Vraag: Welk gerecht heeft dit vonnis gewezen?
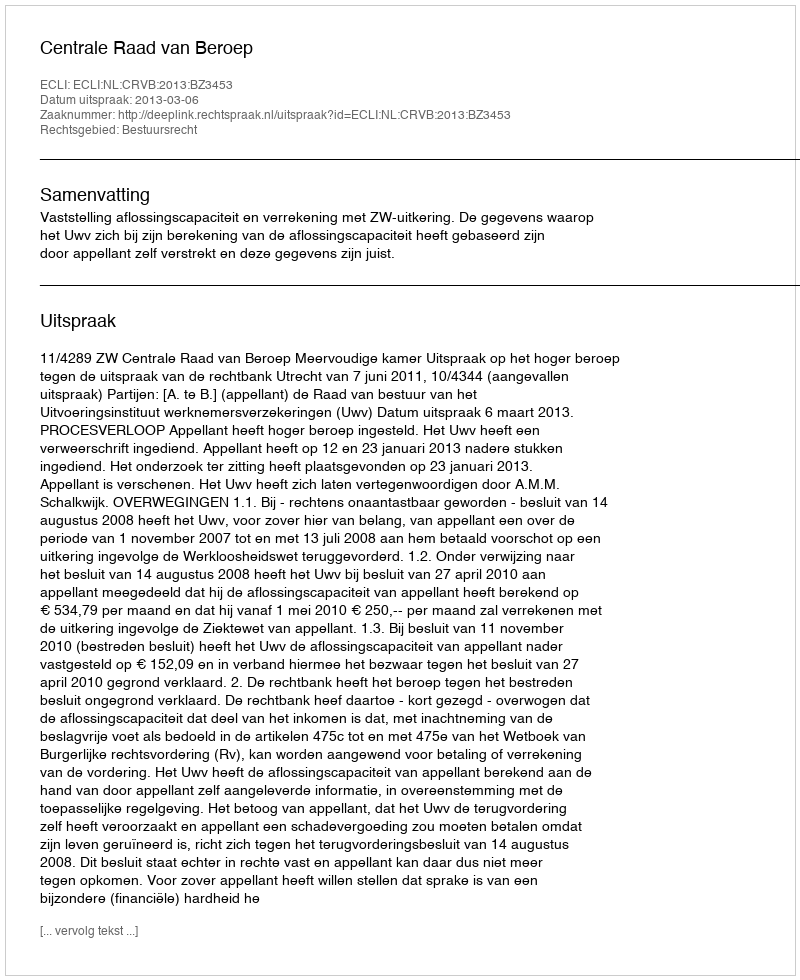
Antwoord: Centrale Raad van Beroep